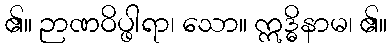
၏။ ဉာဏဝိပ္ဖါရာ၊ သော။ ဣဒ္ဓိနာမ၊ ၏။